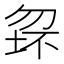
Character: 𱐺